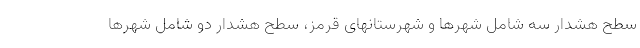
سطح هشدار سه شامل شهرها و شهرستانهای قرمز، سطح هشدار دو شامل شهرها